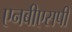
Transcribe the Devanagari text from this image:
एनबीएसपी